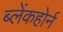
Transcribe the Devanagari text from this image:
ब्लेंकहोर्न